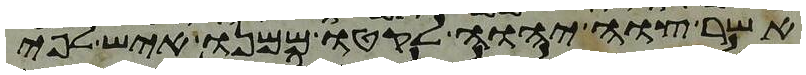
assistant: אשר צוה יהוה לקטו ממנו איש לפי